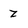
Character: z